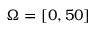
\Omega = [ 0 , 5 0 ]